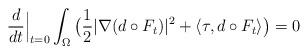
LaTeX: \begin{align*}\frac{d}{dt}\Big|_{t=0}\int_\Omega \big(\frac12 |\nabla(d\circ F_t)|^2+\langle \tau, d\circ F_t\rangle\big)=0\end{align*}